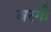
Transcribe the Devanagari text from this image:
वरगी